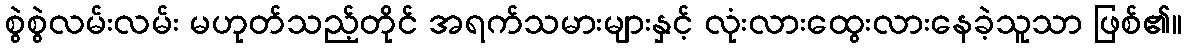
စွဲစွဲလမ်းလမ်း မဟုတ်သည့်တိုင် အရက်သမားများနှင့် လုံးလားထွေးလားနေခဲ့သူသာ ဖြစ်၏။